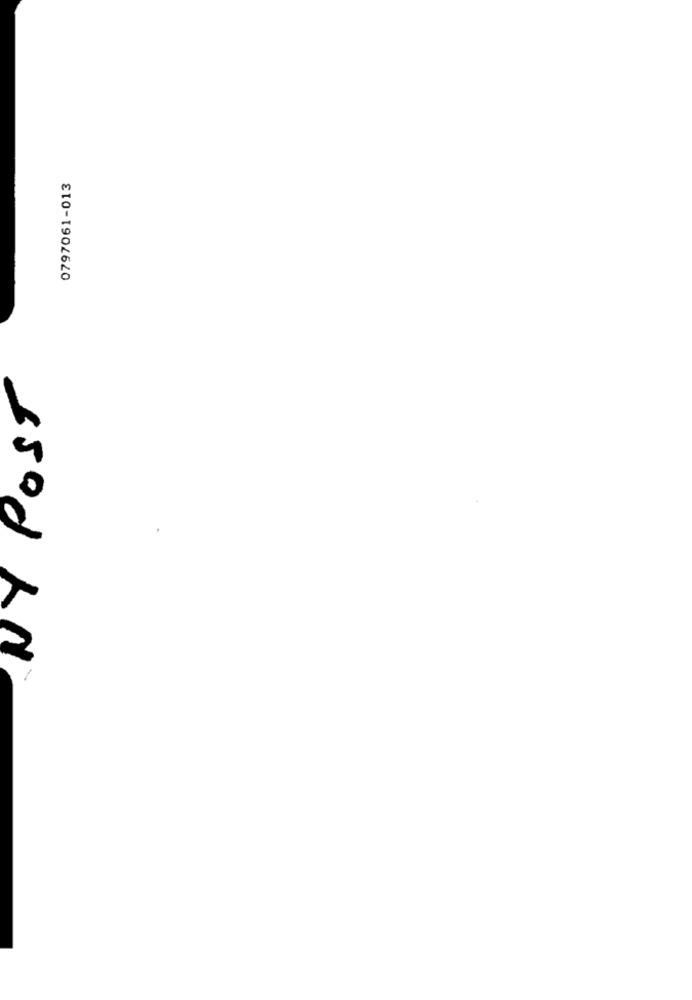
0797061-013
15od
-